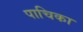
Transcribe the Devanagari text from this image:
पाचिका